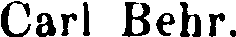
Carl Behr.